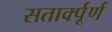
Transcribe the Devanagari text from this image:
सतार्क्पूर्ण